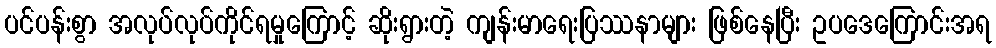
ပင်ပန်းစွာ အလုပ်လုပ်ကိုင်ရမှုကြောင့် ဆိုးရွားတဲ့ ကျန်းမာရေးပြဿနာများ ဖြစ်နေပြီး ဥပဒေကြောင်းအရ